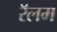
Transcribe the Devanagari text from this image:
रॅलम